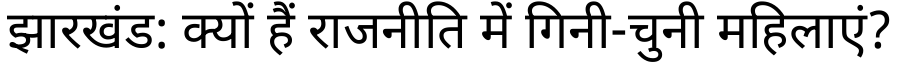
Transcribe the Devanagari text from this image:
झारखंड: क्यों हैं राजनीति में गिनी-चुनी महिलाएं?